Petrogradi_Kontroll-Opteerimise_Komisjon, lk 272
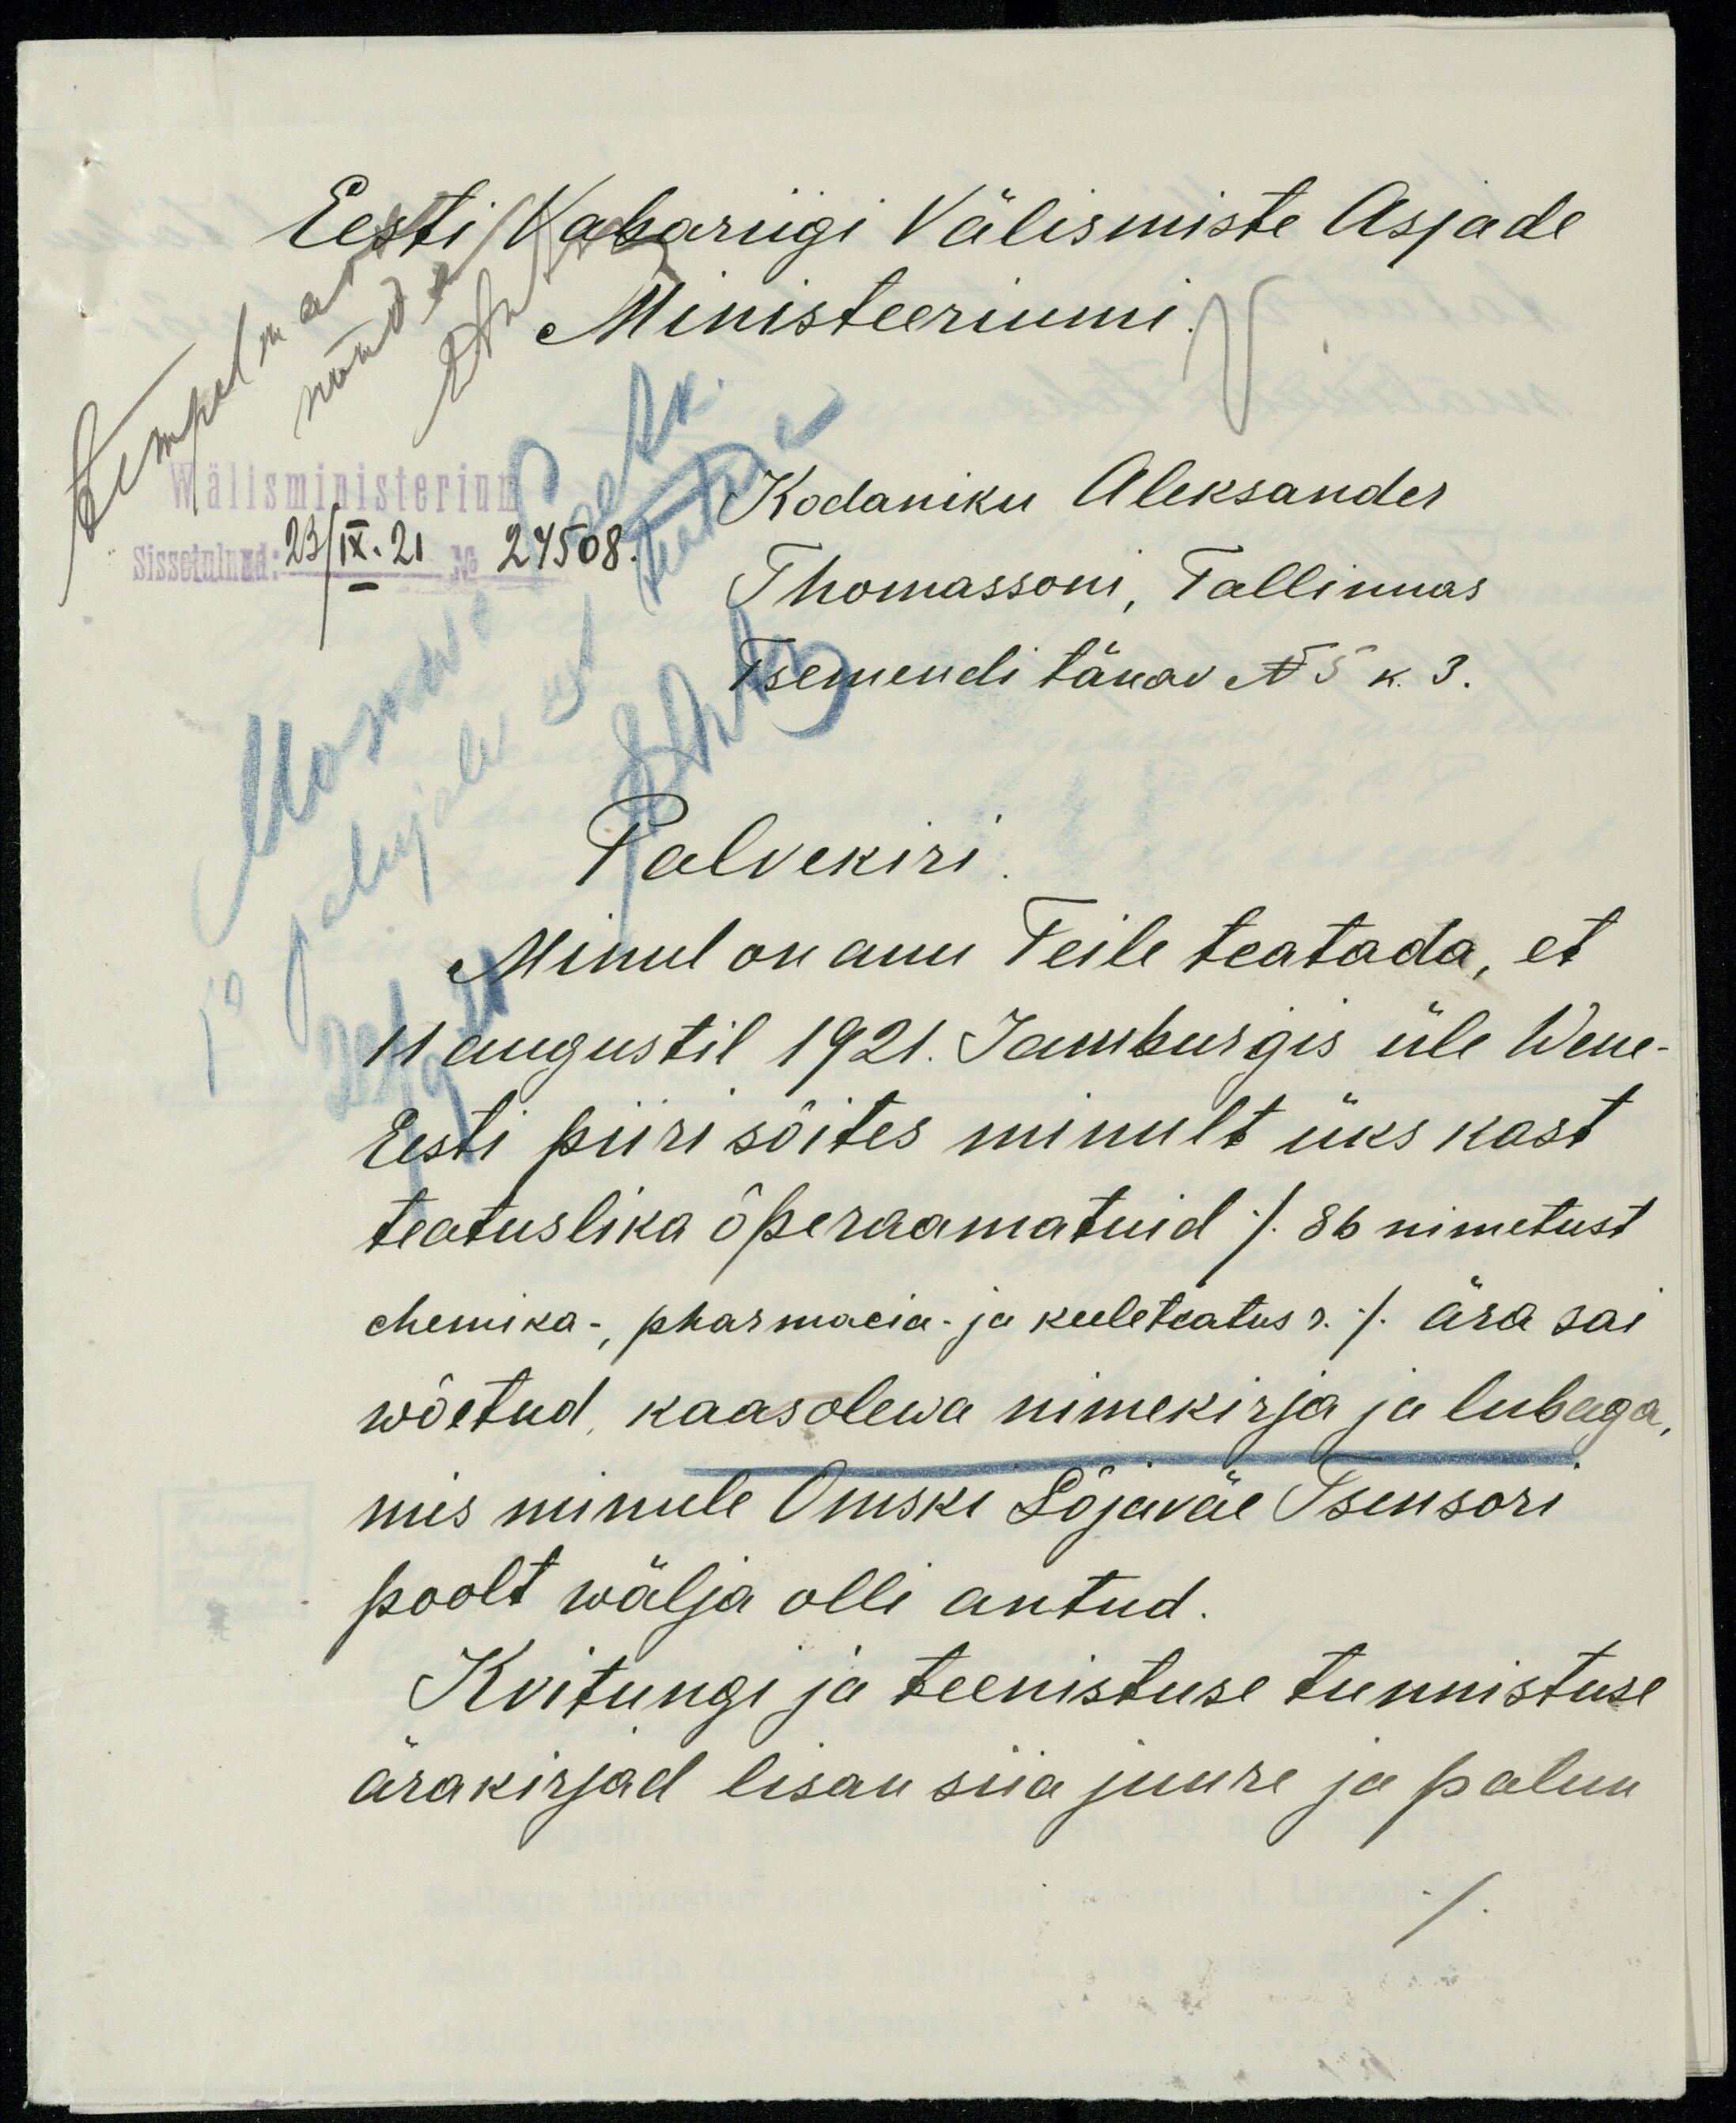
Eesti Vabariigi Välismiste Asjade
Ministeeriumi.
tempelmark
nõuda
AAnts
Wälisministerium
Sissetulnud: 23/IX.21 No 24508.
Kodaniku Aleksander
Thomassoni, Tallinnas
Tsemendi tänav N 5 k. 3.
Palvekiri.
Minul on auu Teile teatada, et
11 augustil 1921. Jamburgis üle Wene-
Eesti piiri sõites minult üks kast
teatuslika õperaamatuid (86 nimetust
chemika-, pharmacia- ja keeleteatus r. ) ära sai
wõetud, kaasolewa nimekirja ja lubaga,
mis minule Omski Sõjaväe Tsensori
poolt wälja olli antud.
Kvitungi ja teenistuse tunnistuse
ärakirjad lisan siia juure ja palun